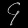
Digit: ၄